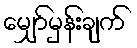
မျှော်မှန်းချက်